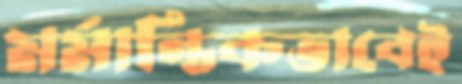
মর্মান্তিকভাবেই